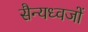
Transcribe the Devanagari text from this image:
सैन्यध्वजों